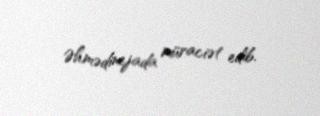
Əhmədinejada müraciət edib.